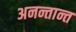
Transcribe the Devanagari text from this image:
अनन्तान्त